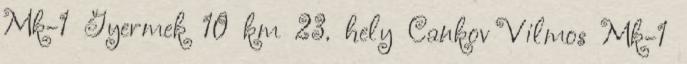
Mk-1 Gyermek 10 km 23. hely Cankov Vilmos Mk-1